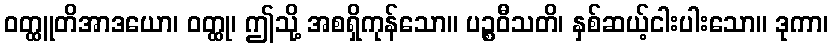
ဝတ္ထူတိအာဒယော၊ ဝတ္ထု၊ ဤသို့ အစရှိကုန်သော။ ပဉ္စဝီသတိ၊ နှစ်ဆယ့်ငါးပါးသော။ ဒုကာ၊